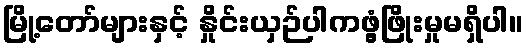
မြို့တော်များနှင့် နှိုင်းယှဉ်ပါကဖွံ့ဖြိုးမှုမရှိပါ။